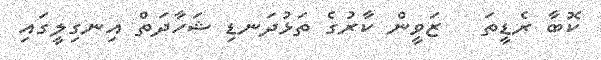
ކޮބާ ރެޑީތަ   ޒަވީން ކާރުގެ ތަޅުދަނޑި ޝަހާދަތް އިނގިލީގައި